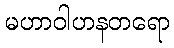
မဟာဝါဟနတရော